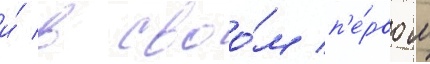
и́ в своо́м п'е́рвом